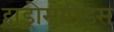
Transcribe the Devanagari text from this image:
हाड्रोसोरिड्स